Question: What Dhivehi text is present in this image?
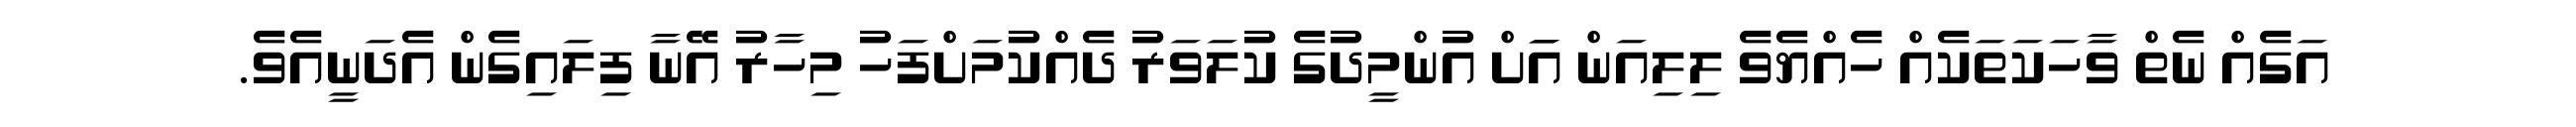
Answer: އަގެއް ނެތް ވާހަކަތަކެއް ހެއްޔެވެ ލިލިއަން އަަށް އުންމީދުގެ ކުލަވަރު ދެއްކުމަށްފަހު މިހާރު އޭނާ ފިލައިގެން އެދަނީއެވެ.